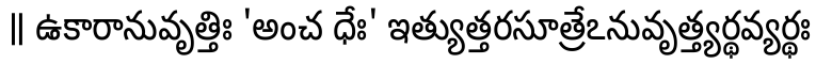
॥ ఉకారానువృత్తిః 'అంచ ధేః' ఇత్యుత్తరసూత్రేఽనువృత్త్యర్థవ్యర్థః